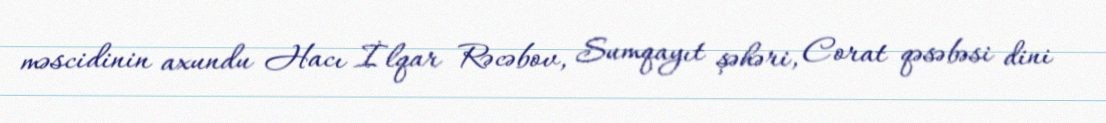
məscidinin axundu Hacı İlqar Rəcəbov, Sumqayıt şəhəri, Corat qəsəbəsi dini